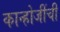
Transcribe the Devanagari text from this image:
कान्होजींची